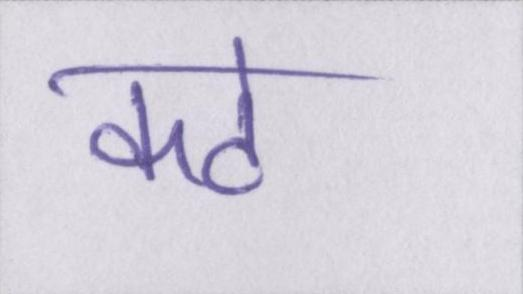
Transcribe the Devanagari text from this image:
कटे